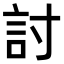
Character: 討